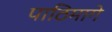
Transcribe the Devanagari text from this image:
पाठिमागे